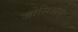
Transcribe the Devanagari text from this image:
जोसिआस्